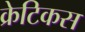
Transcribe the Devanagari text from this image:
क्रेटिकस